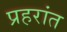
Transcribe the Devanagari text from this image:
प्रहरांत